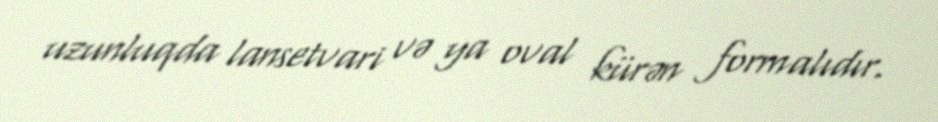
uzunluqda lansetvari və ya oval kürən formalıdır.